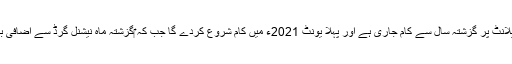
ترجمان کے الیکٹرک نے مزید کہا کہ 900 میگاواٹ کے پاور پلانٹ پر گزشتہ سال سے کام جاری ہے اور پہلا یونٹ 2021ء میں کام شروع کردے گا جب کہ ‎گزشتہ ماہ نیشنل گرڈ سے اضافی بجلی کے حصول کے لئے تصدیق ملتے ہی کام شروع کر دیا گیا۔